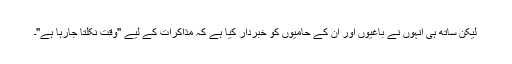
لیکن ساتھ ہی انہوں نے باغیوں اور ان کے حامیوں کو خبردار کیا ہے کہ مذاکرات کے لیے "وقت نکلتا جارہا ہے"۔